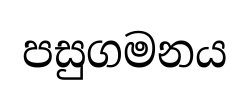
පසුගමනය